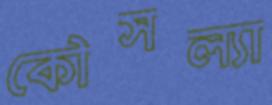
কৌসল্যা